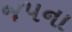
જપના